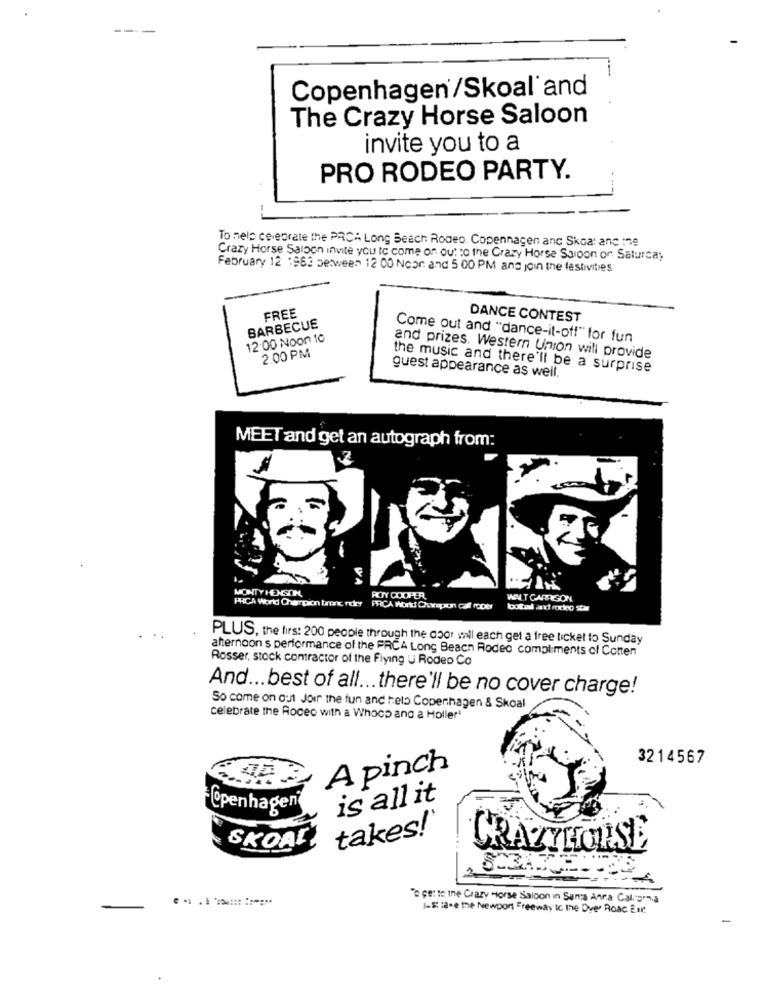
--
Copenhagen/Skoal and
The Crazy Horse Saloon
invite you to a
PRO RODEO PARTY.
To nele celebrate the PRCA Long Beach Rodeo. Copenhagen anc Skoa! anc :ne
Crazy Horse Saloon invite you to come of out to the Crazy Horse Saloon on Saturday
February 12 :983 between 12 00 Noor: and 5 00 PM and join the festivities
FREE
DANCE CONTEST
BARBECUE
12:00 Noon 10
Come out and "dance-it-off" for fun
2.00 PM
and prizes. Western Union will provide
the music and there'll be a surprise
guest appearance as well.
MEET and get an autograph from:
MONTY HENGTIN,
ROY COOPER,
WENT CARRESON
PLUS, the firs: 200 people through the door will each get a free ticket to Sunday
afternoon s performance of the FRCA Long Beach Rodeo compliments of Cotten
Rosser, stock contractor of the Flying U Rodeo Co
And ... best of all ... there'll be no cover charge!
So come on out Joir the fun and helo Copenhagen & Skoal
celebrate the Roceo with a Whoop ang a Holler'
3214567
A pinch
is all it
FOpenhagen
takes!"
SKOAL
CRAZYHORSE
" per te ine Crazy Horse Saloon in Santa Anna Calorma
1-8: 18-e the Newport Freeway Ic the Dver Roac Eur.